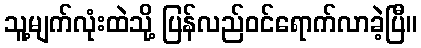
သူ့မျက်လုံးထဲသို့ ပြန်လည်ဝင်ရောက်လာခဲ့ပြီ။